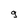
Character: 9